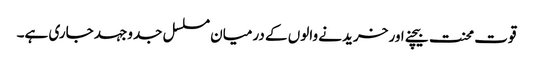
قوت محنت بیچنے اور خریدنے والوں کے درمیان مسلسل جدوجہد جاری ہے۔